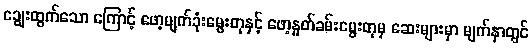
ချွေးထွက်သော ကြောင့် ဖော့မျက်ခုံးမွေးတုနှင့် ဖော့နှုတ်ခမ်းမွေးတုမှ ဆေးများမှာ မျက်နှာတွင်